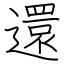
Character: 還